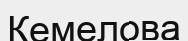
Кемелова